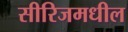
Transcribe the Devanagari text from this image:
सीरिजमधील